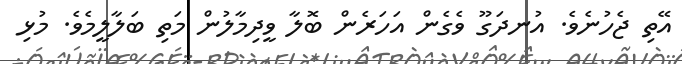
އޭތި ޖެހުނެވެ. އުނދަގޫ ވެގެން އަހަރެން ބޮލާ ވީދިމާލުން މަތި ބަލާލީމެވެ. މުޅި